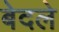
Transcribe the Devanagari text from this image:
बेदले